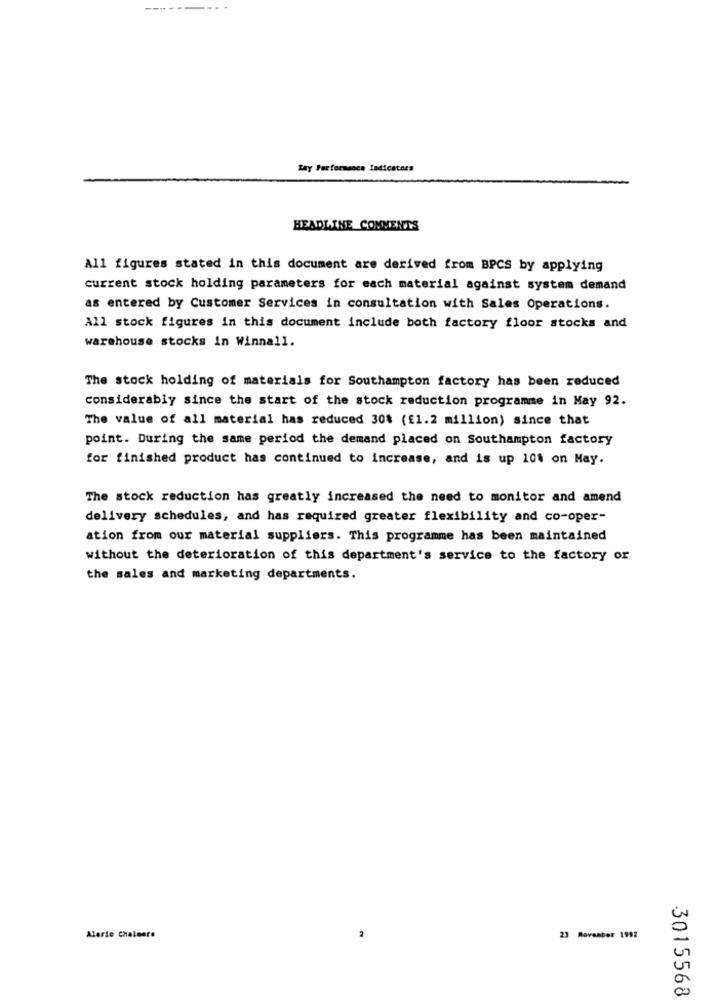
Tay Performance Indicators
HEADLINE COMMENTS
All figures stated in this document are derived from BPCS by applying
current stock holding parameters for each material against system demand
as entered by Customer Services in consultation with Sales Operations.
All stock figures in this document include both factory floor stocks and
warehouse stocks in Winnall.
The stock holding of materials for Southampton factory has been reduced
considerably since the start of the stock reduction programme in May 92.
The value of all material has reduced 30% (£1.2 million) since that
point. During the same period the demand placed on Southampton factory
for finished product has continued to increase, and is up 101 on May.
The stock reduction has greatly increased the need to monitor and amend
delivery schedules, and has required greater flexibility and co-oper-
ation from our material suppliers. This programme has been maintained
without the deterioration of this department's service to the factory or
the sales and marketing departments.
Alerie Chaleurs
23 Movamber 1992
3015568